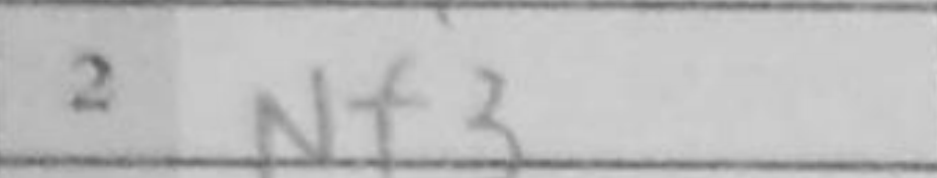
Transcription: Nf3